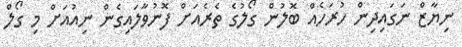
ނިޔާޒް ނަގައިދިން ހުރަހެއް ބޮލުން ގޯލުގެ ތެރެއަށް ފޮނުވާލައިގެން ނިއުއަށް މި ގޯލް